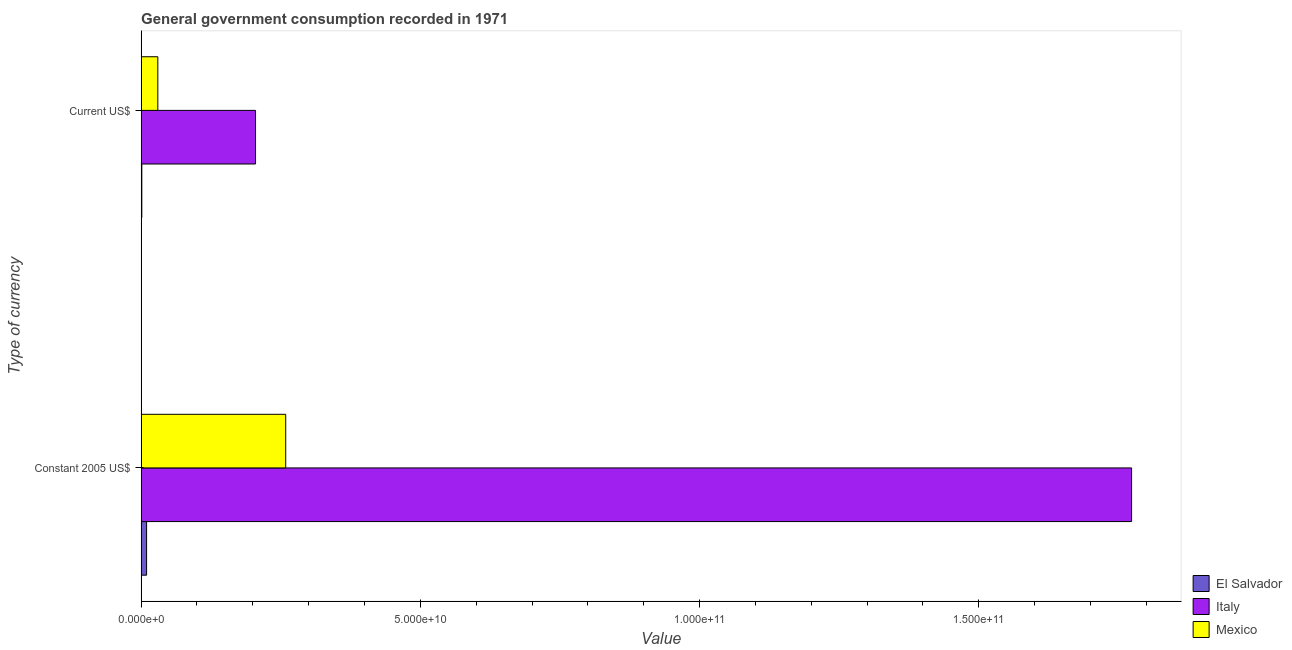
| Type of currency | El Salvador | Italy | Mexico |
 | --- | --- | --- | --- |
 | Constant 2005 US$ | 9.75e+08 | 1.77e+11 | 2.59e+10 |
 | Current US$ | 1.21e+08 | 2.05e+10 | 2.99e+09 |